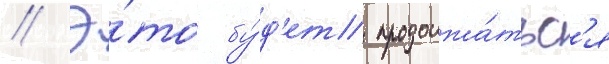
// Э́то бу́д'ет продолжа́тьс'я